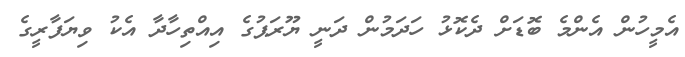
އެމީހުން އެންމެ ބޮޑަށް ދެކޮޅު ހަދަމުން ދަނީ ޔޫރަޕުގެ އިއްތިހާދާ އެކު ވިޔަފާރީގެ